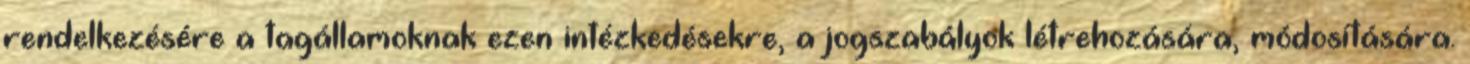
rendelkezésére a tagállamoknak ezen intézkedésekre, a jogszabályok létrehozására, módosítására.